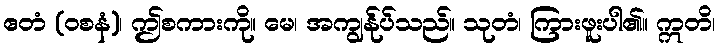
ဧတံ (ဝစနံ)၊ ဤစကားကို။ မေ၊ အကျွန်ုပ်သည်။ သုတံ၊ ကြားဖူးပါ၏။ ဣတိ၊